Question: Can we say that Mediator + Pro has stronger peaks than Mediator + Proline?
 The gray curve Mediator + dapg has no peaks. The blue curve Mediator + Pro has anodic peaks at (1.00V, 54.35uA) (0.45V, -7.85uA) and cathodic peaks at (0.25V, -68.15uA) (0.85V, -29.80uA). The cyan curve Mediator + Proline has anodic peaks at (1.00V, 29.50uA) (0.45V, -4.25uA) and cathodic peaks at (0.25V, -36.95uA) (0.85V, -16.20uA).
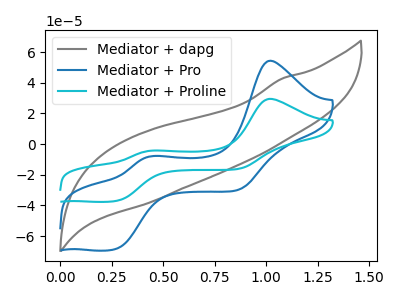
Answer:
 <answer>The peaks in "Mediator + Pro" are neither all higher or all lower than the peaks in "Mediator + Proline".</answer>
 <eval>mixed</eval>